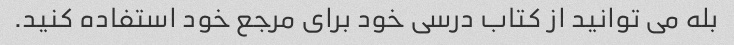
بله می توانید از کتاب درسی خود برای مرجع خود استفاده کنید.